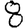
Digit: 8